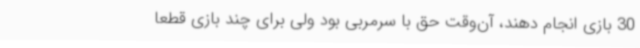
30 بازی انجام دهند، آن‌وقت حق با سرمربی بود ولی برای چند بازی قطعا